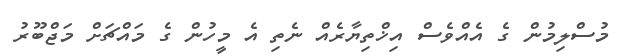
މުސްލިމުން ގެ އެއްވެސް އިޚްތިޔާރެއް ނެތި އެ މީހުން ގެ މައްޗަށް މަޖްބޫރު